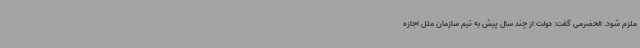
ملزم شود. الحضرمی گفت: دولت از چند سال پیش به تیم سازمان ملل اجازه